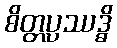
စိတ္တပ္ပဿဒ္ဓိ